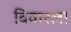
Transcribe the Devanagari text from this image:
बिवारला